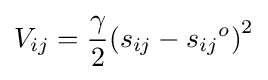
V_{ij}={\gamma  \over 2}{(s_{ij}-{s_{ij}}^{o})}^{2}